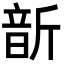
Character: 𩐙